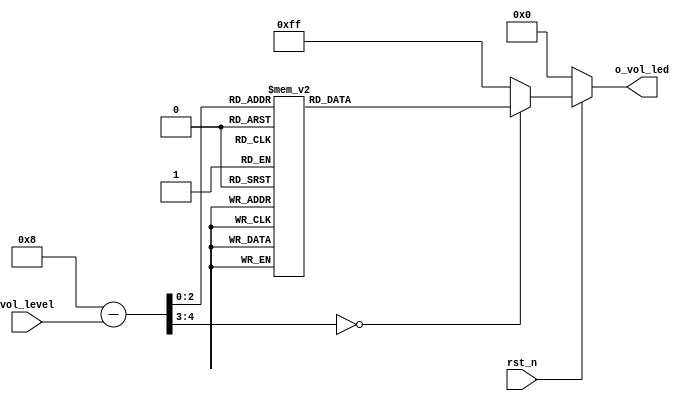
`timescale 1ns / 1ps
//////////////////////////////////////////////////////////////////////////////////
// Company: 
// Engineer: 
// 
// Design Name: 
// Module Name: led_display
// Project Name: 
// Target Devices: 
// Tool Versions: 
// Description: 
// 
// Dependencies: 
// 
// Revision:
// Revision 0.01 - File Created
// Additional Comments:
// 
//////////////////////////////////////////////////////////////////////////////////


module led_display(
    input wire [4:0] vol_level,
    input wire rst_n,
    output reg [7:0] o_vol_led
    );

    wire [4:0]vol_led_level = 8-vol_level; 
    always@(vol_led_level or rst_n) begin
        if(~rst_n) begin
            o_vol_led <= 8'b0;
        end
        else begin
            case(vol_led_level)
                0: o_vol_led <= 8'b0;
                1: o_vol_led <= 8'b1;
                2: o_vol_led <= 8'b11;
                3: o_vol_led <= 8'b111;
                4: o_vol_led <= 8'b1111;
                5: o_vol_led <= 8'b11111;
                6: o_vol_led <= 8'b111111;
                7: o_vol_led <= 8'b1111111;
                default: o_vol_led <= 8'b11111111;
            endcase
        end
    end
endmodule